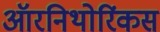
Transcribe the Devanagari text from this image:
ऑरनिथोरिंकस